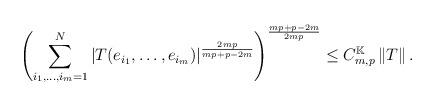
LaTeX: \begin{align*}\left( \sum_{i_{1},\ldots ,i_{m}=1}^{N}\left\vert T(e_{i_{1}},\ldots,e_{i_{m}})\right\vert ^{\frac{2mp}{mp+p-2m}}\right) ^{\frac{mp+p-2m}{2mp}}\leq C_{m,p}^{\mathbb{K}}\left\Vert T\right\Vert . \end{align*}